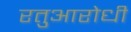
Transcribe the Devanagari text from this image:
रतुआरोधी